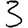
Digit: 3